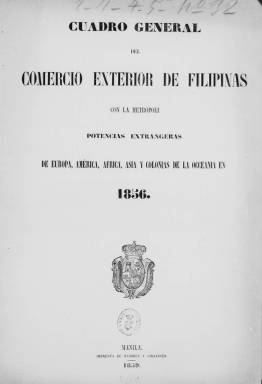
Título: Cuadro general del comercio exterior de Filipinas con la metrópoli, potencias extrangeras de Europa, América, Africa, Asia y Colonias de la Oceanía en ...
Otros títulos: Cuadro general del comercio exterior de Filipinas con la metrópoli, potencias extranjeras de Europa, América, Africa, Asia y Colonias de la Oceanía en ...
Colección: Economía
Ámbito geográfico: Filipinas
Lugar de publicación: Manila
Fechas: 01/01/1856-31/12/1856